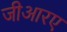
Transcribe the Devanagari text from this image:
जीआरए